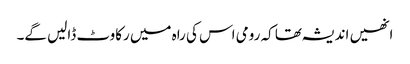
انھیں اندیشہ تھا کہ رومی اس کی راہ میں رکاوٹ ڈالیں گے۔